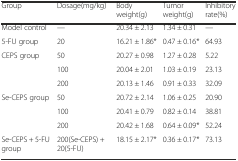
<table><thead><tr><td><b>Group</b></td><td><b>Dosage(mg/kg)</b></td><td><b>Body weight(g)</b></td><td><b>Tumor weight(g)</b></td><td><b>Inhibitory rate(%)</b></td></tr></thead><tbody><tr><td>Model control</td><td>—</td><td>20.34 ± 2.13</td><td>1.34 ± 0.31</td><td>—</td></tr><tr><td>5-FU group</td><td>20</td><td>16.21 ± 1.86*</td><td>0.47 ± 0.16*</td><td>64.93</td></tr><tr><td rowspan="3">CEPS group</td><td>50</td><td>20.27 ± 0.98</td><td>1.27 ± 0.28</td><td>5.22</td></tr><tr><td>100</td><td>20.04 ± 2.01</td><td>1.03 ± 0.19</td><td>23.13</td></tr><tr><td>200</td><td>20.13 ± 1.46</td><td>0.91 ± 0.33</td><td>32.09</td></tr><tr><td rowspan="3">Se-CEPS group</td><td>50</td><td>20.72 ± 2.14</td><td>1.06 ± 0.25</td><td>20.90</td></tr><tr><td>100</td><td>20.41 ± 0.79</td><td>0.82 ± 0.14</td><td>38.81</td></tr><tr><td>200</td><td>20.42 ± 1.68</td><td>0.64 ± 0.09*</td><td>52.24</td></tr><tr><td>Se-CEPS + 5-FU group</td><td>200(Se-CEPS) + 20(5-FU)</td><td>18.15 ± 2.17*</td><td>0.36 ± 0.17*</td><td>73.13</td></tr></tbody></table>